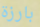
بارزة